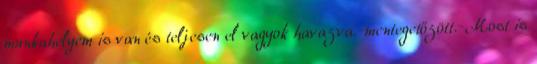
munkahelyem is van és teljesen el vagyok havazva.-mentegetőzött.-Most is